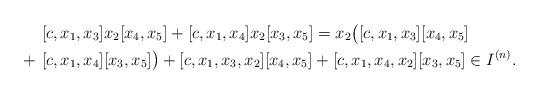
LaTeX: \begin{align*}& [c, x_1, x_3] x_2 [x_4, x_5] + [c, x_1, x_4] x_2 [x_3, x_5] = x_2 \bigl( [c, x_1, x_3] [x_4, x_5]\\+ \ & [c, x_1, x_4] [x_3, x_5] \bigr) + [c, x_1, x_3, x_2] [x_4, x_5] + [c, x_1, x_4, x_2] [x_3, x_5] \in I^{(n)} .\end{align*}